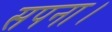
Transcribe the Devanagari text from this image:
सपना।